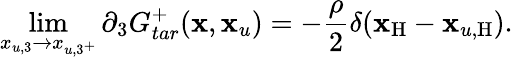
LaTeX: \operatorname*{lim}_{x_{u,3}\to x_{u,3^{+}}}\partial_{3}G_{tar}^{+}(\textbf{x},\textbf{x}_{u})=-\frac{\rho}{2}\delta(\textbf{x}_{\mathrm{H}}-\textbf{x}_{u,\mathrm{H}}).